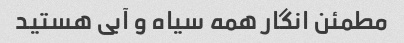
مطمئن انگار همه سیاه و آبی هستید